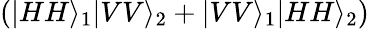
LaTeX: (|HH\rangle_{1}|VV\rangle_{2}+|VV\rangle_{1}|HH\rangle_{2})